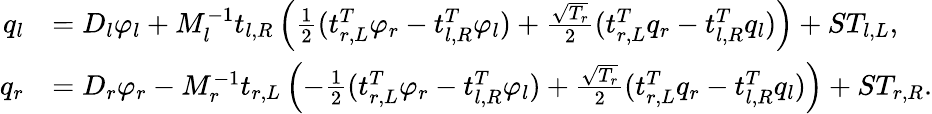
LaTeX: \begin{array}{rl}{q_{l}}&{=D_{l}\varphi_{l}+M_{l}^{-1}t_{l,R}\left(\frac{1}{2}(t_{r,L}^{T}\varphi_{r}-t_{l,R}^{T}\varphi_{l})+\frac{\sqrt{T_{r}}}{2}(t_{r,L}^{T}q_{r}-t_{l,R}^{T}q_{l})\right)+ST_{l,L},}\\ {q_{r}}&{=D_{r}\varphi_{r}-M_{r}^{-1}t_{r,L}\left(-\frac{1}{2}(t_{r,L}^{T}\varphi_{r}-t_{l,R}^{T}\varphi_{l})+\frac{\sqrt{T_{r}}}{2}(t_{r,L}^{T}q_{r}-t_{l,R}^{T}q_{l})\right)+ST_{r,R}.}\end{array}